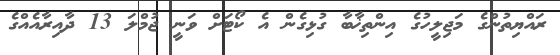
ރައްޔިތުންގެ މަޖިލީހުގެ އިންތިޚާބާ ގުޅިގެން އެ ކޯޓަށް ވަނީ ޖުމްލަ 13 ދާއިރާއެއްގެ